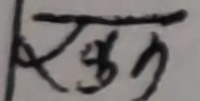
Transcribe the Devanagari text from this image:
रूकुडी